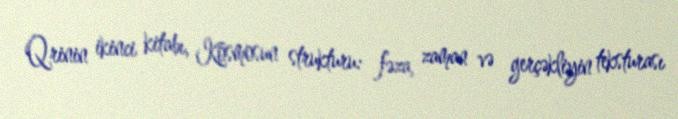
Qrinin ikinci kitabı, Kosmosun strukturu: fəza, zaman və gerçəkliyin teksturası